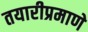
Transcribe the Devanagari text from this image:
तयारीप्रमाणे